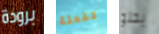
برودة تفعلة يحلو